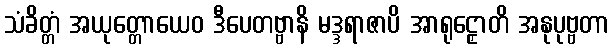
သံခိတ္တံ အယုတ္တောယေဝ ဒီပေတဗ္ဗာနိ မဒ္ဒရာဇာပိ အာရုဠှောတိ အနုပုဗ္ဗတာ